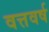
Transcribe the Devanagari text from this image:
वत्तवर्ष